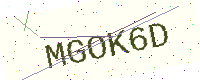
Text: MGOK6D